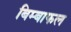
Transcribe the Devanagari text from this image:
बिम्बाफल